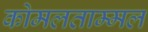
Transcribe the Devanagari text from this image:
कोमलताम्मल